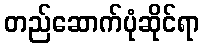
တည်ဆောက်ပုံဆိုင်ရာ